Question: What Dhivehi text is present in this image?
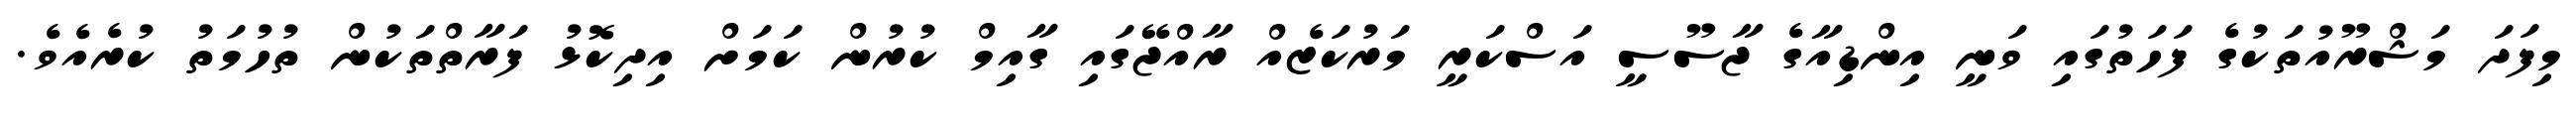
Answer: މިފަދަ މަޝްރޫއުތަކުގެ ފަހަތުގައި ވަނީ އިންޑިއާގެ ޖާސޫސީ އަސްކަރީ މަރުކަޒެއް ރާއްޖޭގައި ގާއިމް ކުރުން ކަމަށް އިދިކޮޅު ފަރާތްތަކުން ތުހުމަތު ކުރެއެވެ.